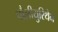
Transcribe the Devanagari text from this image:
पौलीयुरिथेन